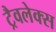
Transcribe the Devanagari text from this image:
ट्रैवलेक्स